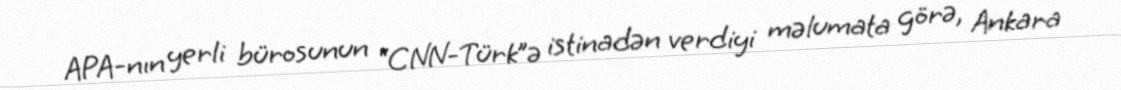
APA-nın yerli bürosunun “CNN-Türk”ə istinadən verdiyi məlumata görə, Ankara